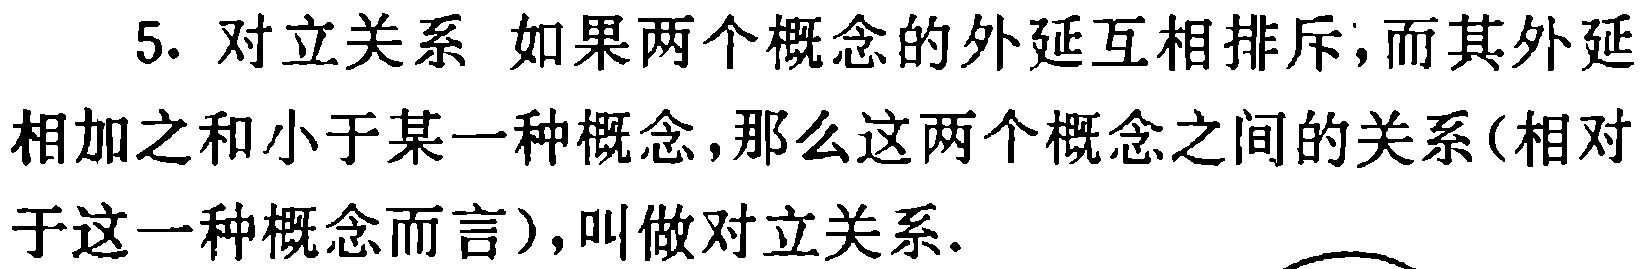
5. 对立关系 如果两个概念的外延互相排斥，而其外延
相加之和小于某一种概念，那么这两个概念之间的关系(相对
于这一种概念而言)，叫做对立关系.